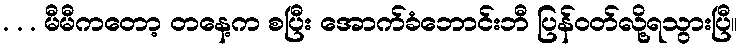
. . . မီမီကတော့ တနေ့က စပြီး အောက်ခံဘောင်းဘီ ပြန်ဝတ်လို့ရသွားပြီ။